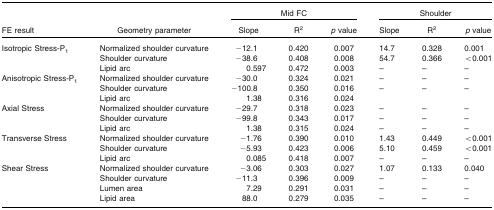
<table><thead><tr><td rowspan="2"><b>FE result</b></td><td rowspan="2"><b>Geometry parameter</b></td><td colspan="3"><b>Mid FC</b></td><td colspan="3"><b>Shoulder</b></td></tr><tr><td><b>Slope</b></td><td><b>R<sup>2</sup></b></td><td><b><i>p</i> value</b></td><td><b>Slope</b></td><td><b>R<sup>2</sup></b></td><td><b><i>p</i> value</b></td></tr></thead><tbody><tr><td>Isotropic Stress-P<sub>1</sub></td><td>Normalized shoulder curvature</td><td>−12.1</td><td>0.420</td><td>0.007</td><td>14.7</td><td>0.328</td><td>0.001</td></tr><tr><td></td><td>Shoulder curvature</td><td>−38.6</td><td>0.408</td><td>0.008</td><td>54.7</td><td>0.366</td><td>&lt;0.001</td></tr><tr><td></td><td>Lipid arc</td><td>0.597</td><td>0.472</td><td>0.003</td><td>–</td><td>–</td><td>–</td></tr><tr><td>Anisotropic Stress-P<sub>1</sub></td><td>Normalized shoulder curvature</td><td>−30.0</td><td>0.324</td><td>0.021</td><td>–</td><td>–</td><td>–</td></tr><tr><td></td><td>Shoulder curvature</td><td>−100.8</td><td>0.350</td><td>0.016</td><td>–</td><td>–</td><td>–</td></tr><tr><td></td><td>Lipid arc</td><td>1.38</td><td>0.316</td><td>0.024</td><td></td><td></td><td></td></tr><tr><td>Axial Stress</td><td>Normalized shoulder curvature</td><td>−29.7</td><td>0.318</td><td>0.023</td><td>–</td><td>–</td><td>–</td></tr><tr><td></td><td>Shoulder curvature</td><td>−99.8</td><td>0.343</td><td>0.017</td><td>–</td><td>–</td><td>–</td></tr><tr><td></td><td>Lipid arc</td><td>1.38</td><td>0.315</td><td>0.024</td><td>–</td><td>–</td><td>–</td></tr><tr><td>Transverse Stress</td><td>Normalized shoulder curvature</td><td>−1.76</td><td>0.390</td><td>0.010</td><td>1.43</td><td>0.449</td><td>&lt;0.001</td></tr><tr><td></td><td>Shoulder curvature</td><td>−5.93</td><td>0.423</td><td>0.006</td><td>5.10</td><td>0.459</td><td>&lt;0.001</td></tr><tr><td></td><td>Lipid arc</td><td>0.085</td><td>0.418</td><td>0.007</td><td>–</td><td>–</td><td>–</td></tr><tr><td>Shear Stress</td><td>Normalized shoulder curvature</td><td>−3.06</td><td>0.303</td><td>0.027</td><td>1.07</td><td>0.133</td><td>0.040</td></tr><tr><td></td><td>Shoulder curvature</td><td>−11.3</td><td>0.396</td><td>0.009</td><td>–</td><td>–</td><td>–</td></tr><tr><td></td><td>Lumen area</td><td>7.29</td><td>0.291</td><td>0.031</td><td>–</td><td>–</td><td>–</td></tr><tr><td></td><td>Lipid area</td><td>88.0</td><td>0.279</td><td>0.035</td><td>–</td><td>–</td><td>–</td></tr></tbody></table>